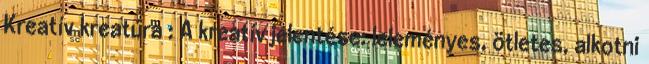
Kreatív kreatúra : A kreatív jelentése: leleményes, ötletes, alkotni